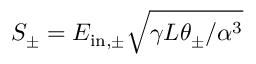
S _ { \pm } = E _ { \mathrm { i n , \pm } } \sqrt { \gamma L \theta _ { \pm } / \alpha ^ { 3 } }